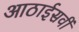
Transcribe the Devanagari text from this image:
आठाईसवीं